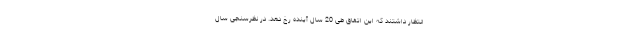
انتظار داشتند که این اتفاق طی 20 سال آینده رخ دهد. در نظرسنجی سال